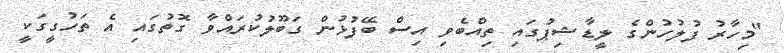
"މިހާރު ފުލުހުންގެ ލީޑާޝިޕުގައި ތިއްބެވި އިސް ބޭފުޅުން ގަބޫލުކުރައްވާ ގޮތުގައި އެ ތަހުގީގަކީ